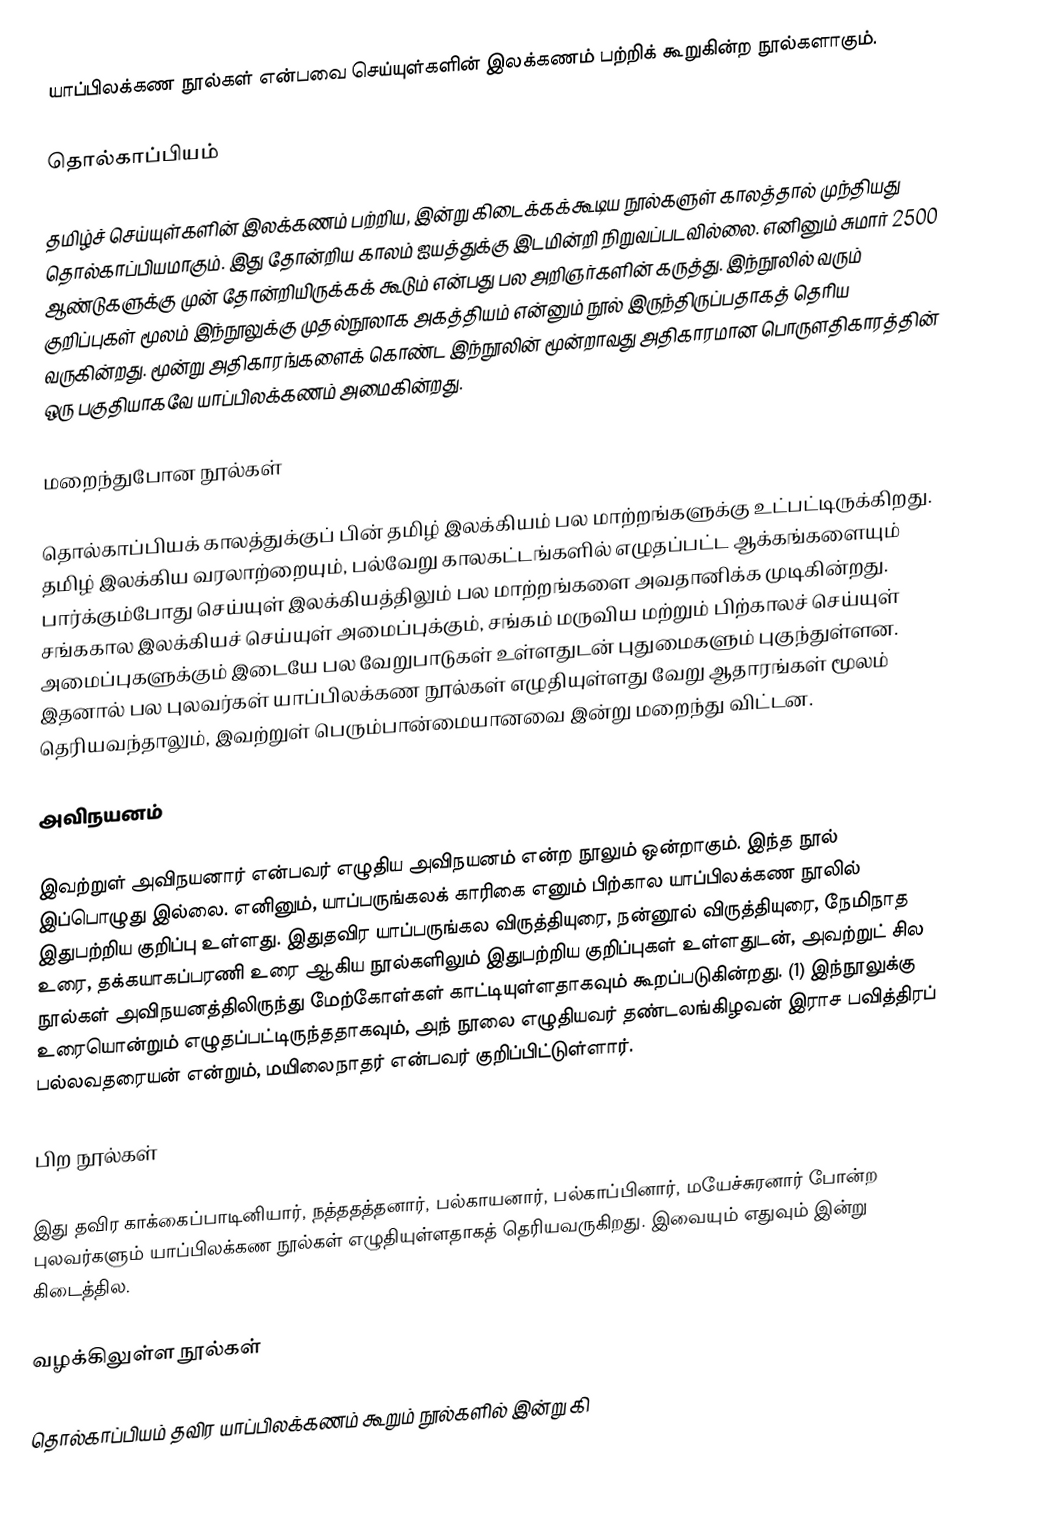
யாப்பிலக்கண நூல்கள் என்பவை செய்யுள்களின் இலக்கணம் பற்றிக் கூறுகின்ற நூல்களாகும்.

தொல்காப்பியம்

தமிழ்ச் செய்யுள்களின் இலக்கணம் பற்றிய, இன்று கிடைக்கக்கூடிய நூல்களுள் காலத்தால் முந்தியது தொல்காப்பியமாகும். இது தோன்றிய காலம் ஐயத்துக்கு இடமின்றி நிறுவப்படவில்லை. எனினும் சுமார் 2500 ஆண்டுகளுக்கு முன் தோன்றியிருக்கக் கூடும் என்பது பல அறிஞர்களின் கருத்து. இந்நூலில் வரும் குறிப்புகள் மூலம் இந்நூலுக்கு முதல்நூலாக அகத்தியம் என்னும் நூல் இருந்திருப்பதாகத் தெரிய வருகின்றது. மூன்று அதிகாரங்களைக் கொண்ட இந்நூலின் மூன்றாவது அதிகாரமான பொருளதிகாரத்தின் ஒரு பகுதியாகவே யாப்பிலக்கணம் அமைகின்றது.

மறைந்துபோன நூல்கள்

தொல்காப்பியக் காலத்துக்குப் பின் தமிழ் இலக்கியம் பல மாற்றங்களுக்கு உட்பட்டிருக்கிறது. தமிழ் இலக்கிய வரலாற்றையும், பல்வேறு காலகட்டங்களில் எழுதப்பட்ட ஆக்கங்களையும் பார்க்கும்போது செய்யுள் இலக்கியத்திலும் பல மாற்றங்களை அவதானிக்க முடிகின்றது. சங்ககால இலக்கியச் செய்யுள் அமைப்புக்கும், சங்கம் மருவிய மற்றும் பிற்காலச் செய்யுள் அமைப்புகளுக்கும் இடையே பல வேறுபாடுகள் உள்ளதுடன் புதுமைகளும் புகுந்துள்ளன. இதனால் பல புலவர்கள் யாப்பிலக்கண நூல்கள் எழுதியுள்ளது வேறு ஆதாரங்கள் மூலம் தெரியவந்தாலும், இவற்றுள் பெரும்பான்மையானவை இன்று மறைந்து விட்டன.

அவிநயனம்

இவற்றுள் அவிநயனார் என்பவர் எழுதிய அவிநயனம் என்ற நூலும் ஒன்றாகும். இந்த நூல் இப்பொழுது இல்லை. எனினும், யாப்பருங்கலக் காரிகை எனும் பிற்கால யாப்பிலக்கண நூலில் இதுபற்றிய குறிப்பு உள்ளது. இதுதவிர யாப்பருங்கல விருத்தியுரை, நன்னூல் விருத்தியுரை, நேமிநாத உரை, தக்கயாகப்பரணி உரை ஆகிய நூல்களிலும் இதுபற்றிய குறிப்புகள் உள்ளதுடன், அவற்றுட் சில நூல்கள் அவிநயனத்திலிருந்து மேற்கோள்கள் காட்டியுள்ளதாகவும் கூறப்படுகின்றது. (1) இந்நூலுக்கு உரையொன்றும் எழுதப்பட்டிருந்ததாகவும், அந் நூலை எழுதியவர் தண்டலங்கிழவன் இராச பவித்திரப் பல்லவதரையன் என்றும், மயிலைநாதர் என்பவர் குறிப்பிட்டுள்ளார்.

பிற நூல்கள்

இது தவிர காக்கைப்பாடினியார், நத்ததத்தனார், பல்காயனார், பல்காப்பினார், மயேச்சுரனார் போன்ற புலவர்களும் யாப்பிலக்கண நூல்கள் எழுதியுள்ளதாகத் தெரியவருகிறது. இவையும் எதுவும் இன்று கிடைத்தில.

வழக்கிலுள்ள நூல்கள்

தொல்காப்பியம் தவிர யாப்பிலக்கணம் கூறும் நூல்களில் இன்று கி